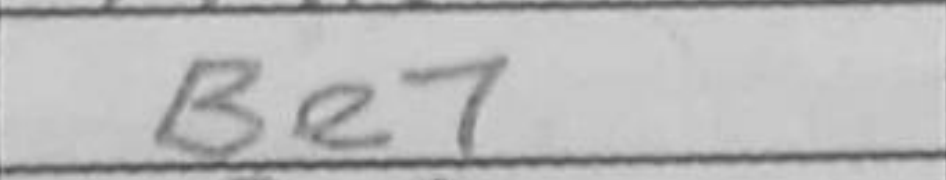
Transcription: Be7